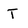
Character: T